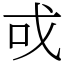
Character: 戓